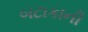
બટાકાની